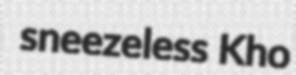
sneezeless Kho